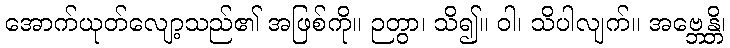
အောက်ယုတ်လျော့သည်၏ အဖြစ်ကို။ ဉတွာ၊ သိ၍။ ဝါ၊ သိပါလျက်။ အဗ္ဘေန္တိ၊